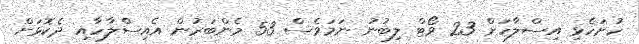
ހުށަހެޅި އިސްލާހަށް 23 ވޯޓް ލިބުނު ނަމަވެސް 53 މެންބަރުން އެއިސްލާހާއި ދެކޮޅަށް